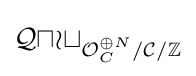
{\mathcal {Quot}}_{{\mathcal {O}}_{C}^{\oplus N}/{\mathcal {C}}/\mathbb {Z} }